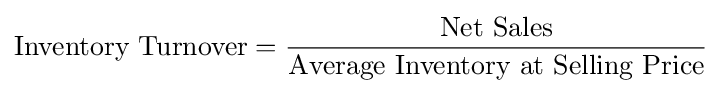
{\text{Inventory Turnover}}={\frac {\text{Net Sales}}{\text{Average Inventory at Selling Price}}}